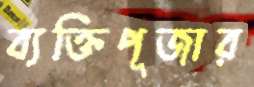
ব্যক্তিপূজার